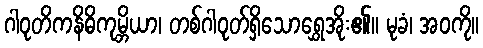
ဂါဝုတိကနိဓိကုမ္ဘိယာ၊ တစ်ဂါဝုတ်ရှိသောရွှေအိုး၏။ မုခံ၊ အဝကို။